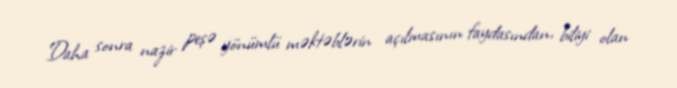
Daha sonra nazir peşə yönümlü məktəblərin açılmasının faydasından, biliyi olan